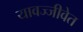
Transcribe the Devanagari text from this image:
यावज्जीवेत